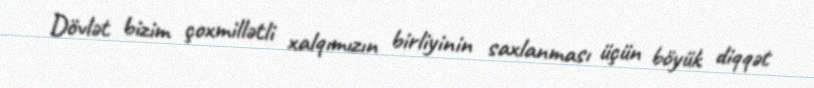
Dövlət bizim çoxmillətli xalqımızın birliyinin saxlanması üçün böyük diqqət